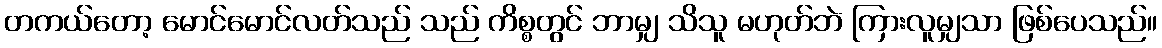
တကယ်တော့ မောင်မောင်လတ်သည် သည် ကိစ္စတွင် ဘာမျှ သိသူ မဟုတ်ဘဲ ကြားလူမျှသာ ဖြစ်ပေသည်။